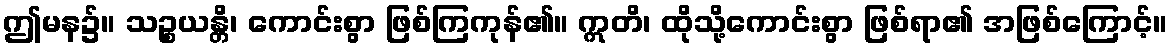
ဤမန၌။ သဉ္စယန္တိ၊ ကောင်းစွာ ဖြစ်ကြကုန်၏။ ဣတိ၊ ထိုသို့ကောင်းစွာ ဖြစ်ရာ၏ အဖြစ်ကြောင့်။